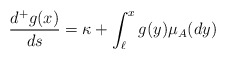
\begin{align*}\frac{d^+g(x)}{ds}=\kappa+ \int_{\ell}^x g(y)\mu_A(dy)\end{align*}